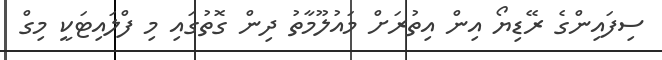
ސިފައިންގެ ރޭޑިޔޯ އިން އިތުރަށް މައުލޫމާތު ދިން ގޮތުގައި މި ފްލައިޓަކީ މިގް